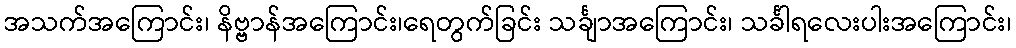
အသက်အကြောင်း၊ နိဗ္ဗာန်အကြောင်း၊ရေတွက်ခြင်း သင်္ချာအကြောင်း၊ သင်္ခါရလေးပါးအကြောင်း၊